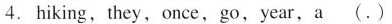
4.hiking,they,once,go,year, a(.)